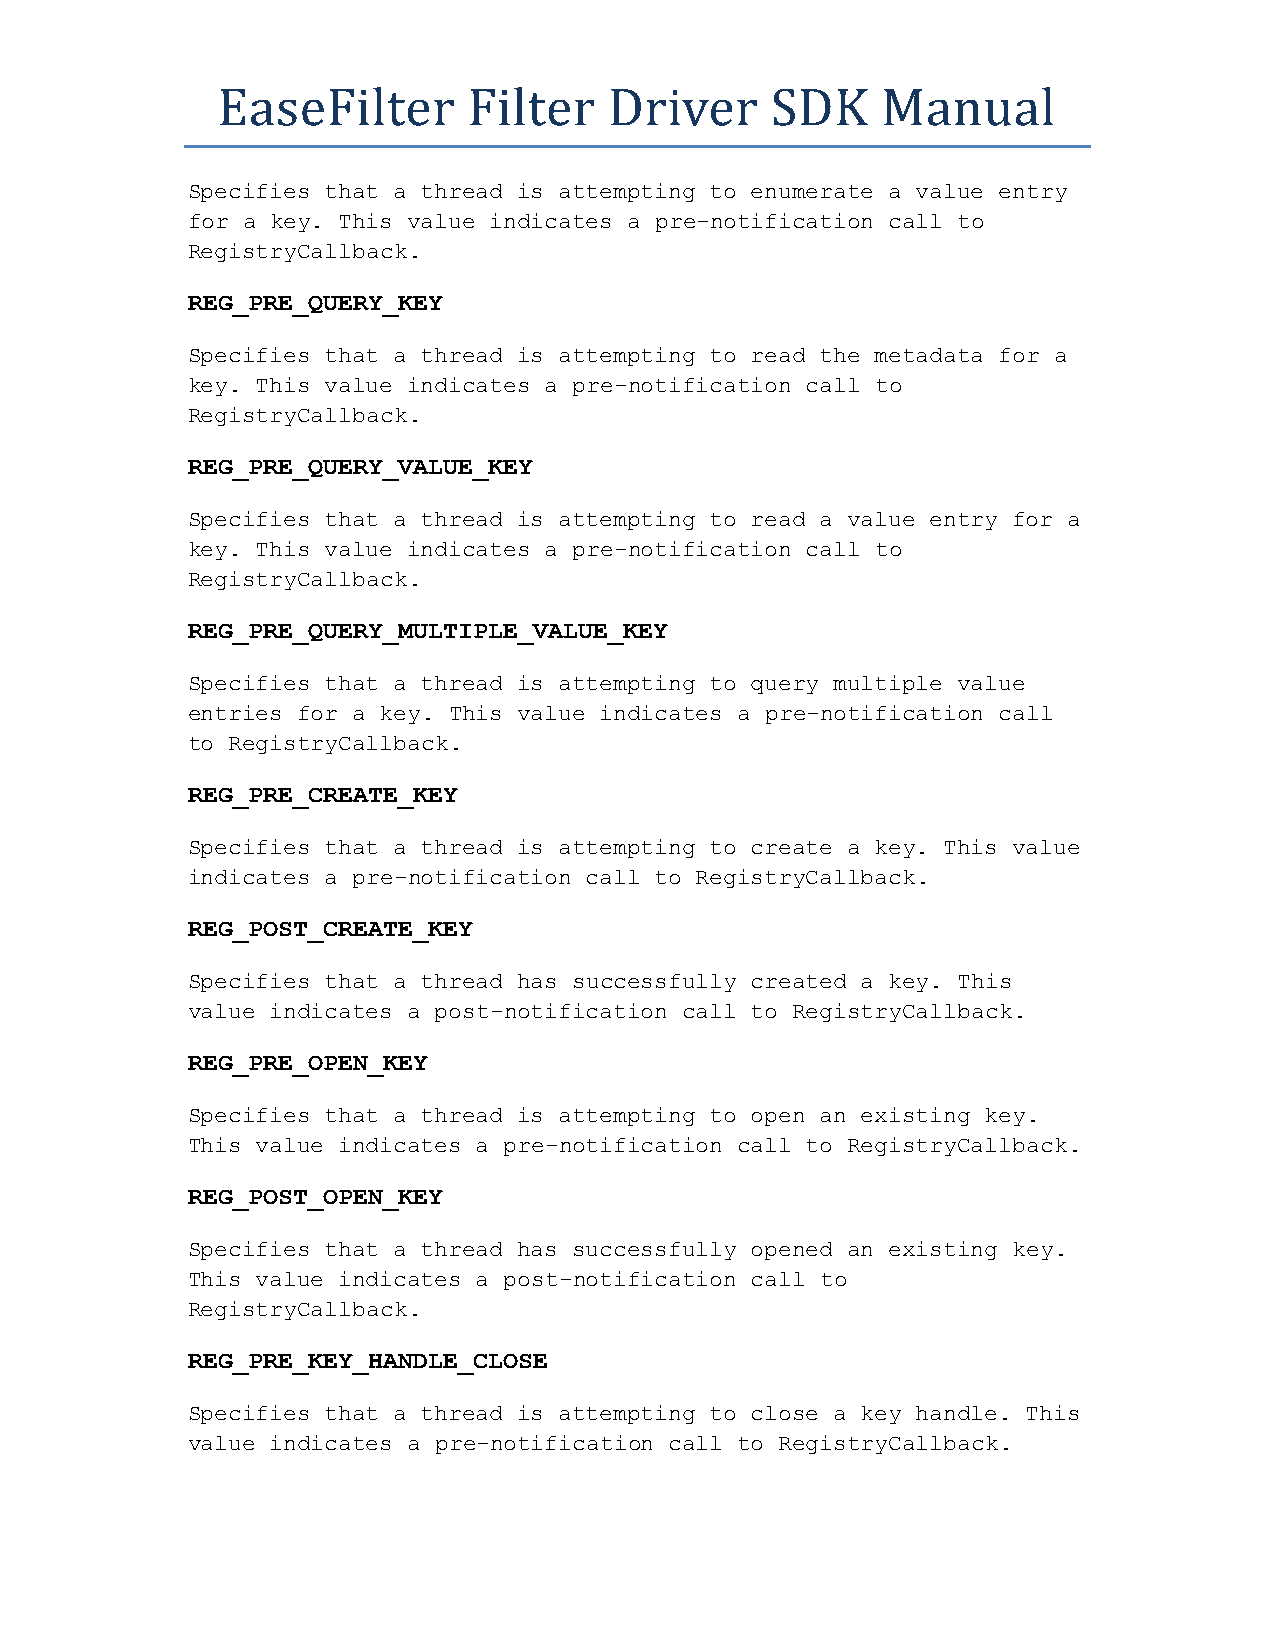
EaseFilter       Filter   Driver     SDK    Manual
 Specifies that a thread is attempting to enumerate a value entry
 for a key. This value indicates a pre-notification call to
 RegistryCallback.
 REG_PRE_QUERY_KEY
 Specifies that a thread is attempting to read the metadata for a
 key. This value indicates a pre-notification call to
 RegistryCallback.
 REG_PRE_QUERY_VALUE_KEY
 Specifies that a thread is attempting to read a value entry for a
 key. This value indicates a pre-notification call to
 RegistryCallback.
 REG_PRE_QUERY_MULTIPLE_VALUE_KEY
 Specifies that a thread is attempting to query multiple value
 entries for a key. This value indicates a pre-notification call
 to RegistryCallback.
 REG_PRE_CREATE_KEY
 Specifies that a thread is attempting to create a key. This value
 indicates a pre-notification call to RegistryCallback.
 REG_POST_CREATE_KEY
 Specifies that a thread has successfully created a key. This
 value indicates a post-notification call to RegistryCallback.
 REG_PRE_OPEN_KEY
 Specifies that a thread is attempting to open an existing key.
 This value indicates a pre-notification call to RegistryCallback.
 REG_POST_OPEN_KEY
 Specifies that a thread has successfully opened an existing key.
 This value indicates a post-notification call to
 RegistryCallback.
 REG_PRE_KEY_HANDLE_CLOSE
 Specifies that a thread is attempting to close a key handle. This
 value indicates a pre-notification call to RegistryCallback.